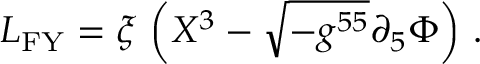
{ \cal L } _ { \mathrm { F Y } } = \xi \, \left( X ^ { 3 } - \sqrt { - g ^ { 5 5 } } \partial _ { 5 } \Phi \right) \, .